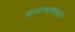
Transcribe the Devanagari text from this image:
जनान्यासकट